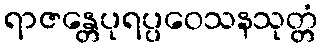
ရာဇန္တေပုရပ္ပဝေသနသုတ္တံ